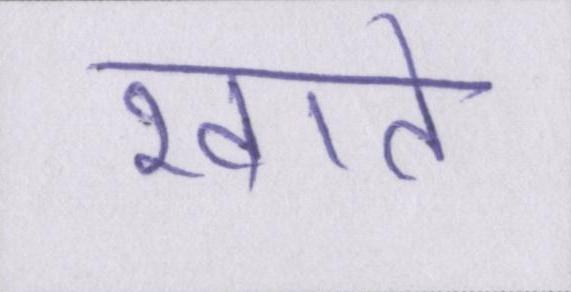
खाते